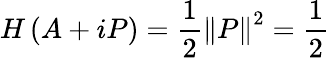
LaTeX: H\left(A+iP\right)=\frac{1}{2}\left\| P\right\| ^{2}=\frac{1}{2}